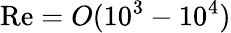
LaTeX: \mathrm{Re}=O(10^{3}-10^{4})